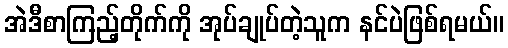
အဲဒီစာကြည့်တိုက်ကို အုပ်ချုပ်တဲ့သူက နင်ပဲဖြစ်ရမယ်။